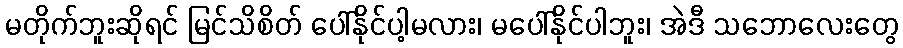
မတိုက်ဘူးဆိုရင် မြင်သိစိတ် ပေါ်နိုင်ပါ့မလား၊ မပေါ်နိုင်ပါဘူး၊ အဲဒီ သဘောလေးတွေ